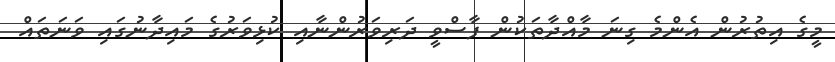
މީގެ އިތުރުން އެންމެ ގިނަ މާއްދާތަކުން ފާސްވީ ދަރިވަރުންނާއި ކުޅިވަރުގެ މައިދާނުގައި ވަނަތައް